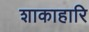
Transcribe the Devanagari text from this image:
शाकाहारि